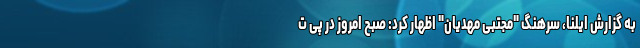
به گزارش ایلنا، سرهنگ "مجتبی مهدیان" اظهار کرد: صبح امروز در پی ت